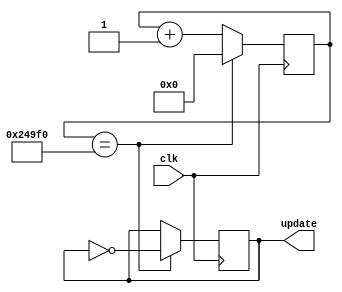
module updateCLK(clk, update);
input clk;
output reg update;
reg[21:0]count;

always @(posedge clk)
begin
	count <= count + 1; //Changing this affects the speed of the weapon. Higher val = faster shoot.
	if(count == 150000)
	begin
		update <= ~update;
		count <= 0;
	end
end
endmodule